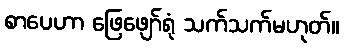
စာပေဟာ ဖြေဖျော်ရုံ သက်သက်မဟုတ်။